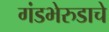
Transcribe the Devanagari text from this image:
गंडभेरुडाचे